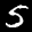
Label: 5